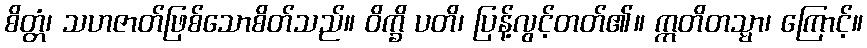
စိတ္တံ၊ သဟဇာတ်ဖြစ်သောစိတ်သည်။ ဝိက္ခိ ပတိ၊ ပြန့်လွင့်တတ်၏။ ဣတိတသ္မာ၊ ကြောင့်။